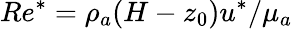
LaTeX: Re^{*}=\rho_{a}(H-z_{0})u^{*}/\mu_{a}